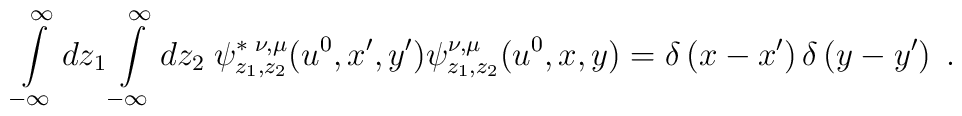
\int\limits_{-\infty }^{\infty }dz_{1}\int\limits_{-\infty }^{\infty}dz_{2}\;\psi _{z_{1},z_{2}}^{\ast \;\nu ,\mu }(u^{0},x^{\prime },y^{\prime})\psi _{z_{1},z_{2}}^{\nu ,\mu }(u^{0},x,y)=\delta \left( x-x^{\prime}\right) \delta \left( y-y^{\prime }\right) \;.